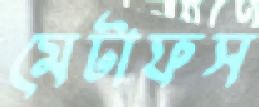
মেটাফস